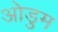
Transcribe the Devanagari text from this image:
ओडुम